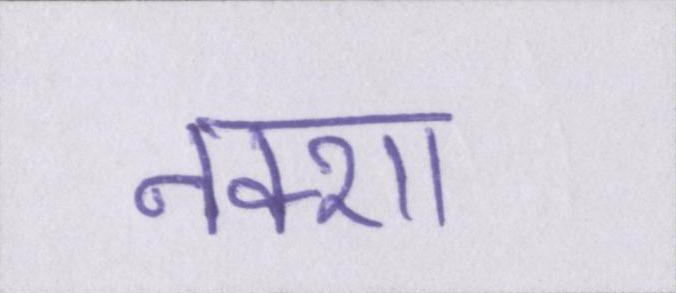
नक्शा